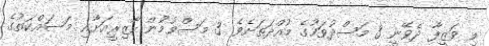
މި ވަޒީފާ ދެވޭނީ 3 މަސްދުވަހުގެ މުއްދަތަށެވެ. 3 މަސްވުމުން ހާޒިރީއަށާއި މަސައްކަތުގެ